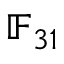
\mathbb { F } _ { 3 1 }